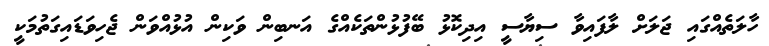
ހާލަތެއްގައި ޖަލަށް ލާފައިވާ ސިޔާސީ އިދިކޮޅު ބޭފުޅުންތަކެއްގެ އަނބިން ވަކިން އުޅުއްވަން ޖެހިވަޑައިގަތުމަކީ